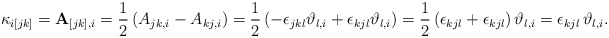
\begin{align*}\kappa_{i[jk]}=\mathbf{A}_{[jk],i}=\frac{1}{2}\left(A_{jk,i}-A_{kj,i}\right)=\frac{1}{2}\left(-\epsilon_{jkl}\vartheta_{l,i}+\epsilon_{kjl}\vartheta_{l,i}\right)=\frac{1}{2}\left(\epsilon_{kjl}+\epsilon_{kjl}\right)\vartheta_{l,i}=\epsilon_{kjl}\,\vartheta_{l,i}.\end{align*}